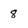
Character: 8